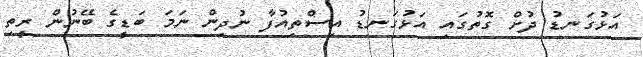
އަޅުގަނޑު ދުށް ގޮތުގައި އަޅުގަނޑު އިސްތިއުފާ ނުދިން ނަމަ ބަޑީގެ ބޭނުން ރީތި